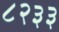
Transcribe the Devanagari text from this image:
८२३३